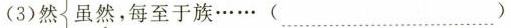
(3)然 虽然，每至于族…… (……)